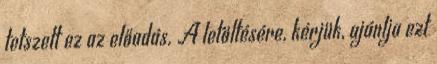
tetszett ez az előadás. A letöltésére, kérjük, ajánlja ezt